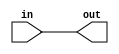
module delay_buffer #( parameter BITS=16, ENABLE_MASK=-1 ) (
		input wire [BITS-1:0] in,
		output wire [BITS-1:0] out
	);
`ifdef USE_DELAY_BUFFERS
	genvar i;

	wire [BITS-1:0] delayed;
	wire [BITS-1:0] enable_mask = ENABLE_MASK;
	generate
		for (i = 0; i < BITS; i++) begin
			sky130_fd_sc_hd__dlygate4sd3_1 delay(.A(in[i]), .X(delayed[i]));
			assign out[i] = enable_mask[i] ? delayed[i] : in[i];
			/*
			sky130_fd_sc_hd__buf_1 delay(.A(in[i]), .X(out[i]));
			*/
		end
	endgenerate
`else
	assign out = in;
`endif
endmodule